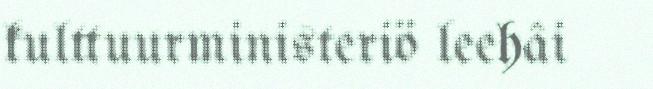
kulttuurministeriö leehâi